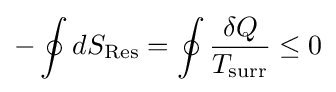
-\oint dS_{\text{Res}}=\oint {\frac {\delta Q}{T_{\text{surr}}}}\leq 0